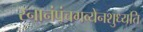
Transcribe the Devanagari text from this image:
स्नानंपंचगव्येनशुध्यति